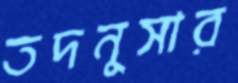
তদনুসার